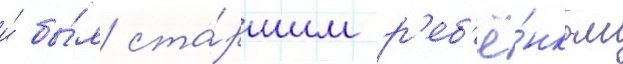
и́ бы́л ста́ршим р'еб'ё́нком